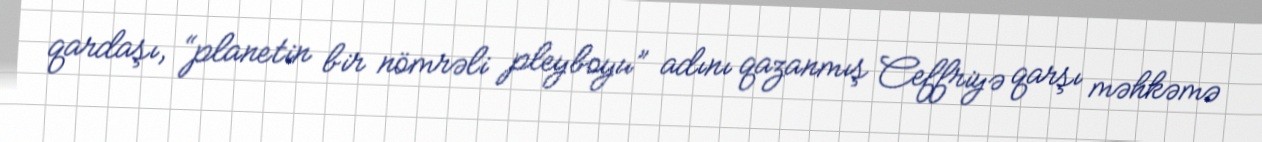
qardaşı, “planetin bir nömrəli pleyboyu” adını qazanmış Ceffriyə qarşı məhkəmə